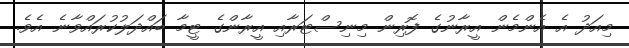
މިއަދު އެ އެންމެން އީރާނުގެ ފޮރިން މިނިސްޓަރާއި އީރާންގެ ޓީމާ ބައްދަލުކުރައްވާނެ އެވެ.